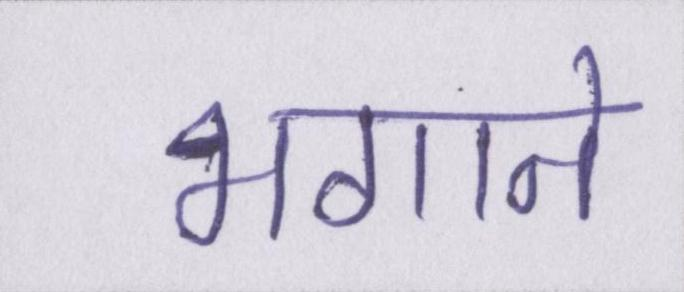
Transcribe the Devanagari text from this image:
भगाने